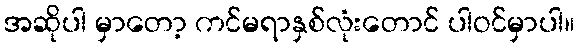
အဆိုပါ မှာတော့ ကင်မရာနှစ်လုံးတောင် ပါဝင်မှာပါ။